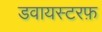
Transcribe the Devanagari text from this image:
डवायस्टरफ़